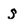
Character: S